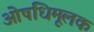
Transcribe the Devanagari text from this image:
ओषधिमूलक